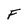
Character: F